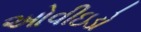
ઓવીઇડો